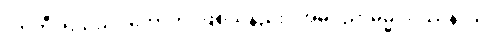
လာဘီ၊ ရသည်။ ဟောတိ၊ ဖြစ်သနည်း။ အဓိပညာဓမ္မဝိပဿနာယ၊